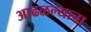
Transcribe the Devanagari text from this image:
आढळल्याचा